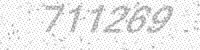
Solution: 711269